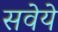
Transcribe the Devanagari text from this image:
सवेये